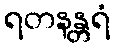
ရတနန္တရံ